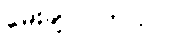
မေးချင်ပါတယ်။